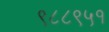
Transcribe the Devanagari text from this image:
९८८९५१